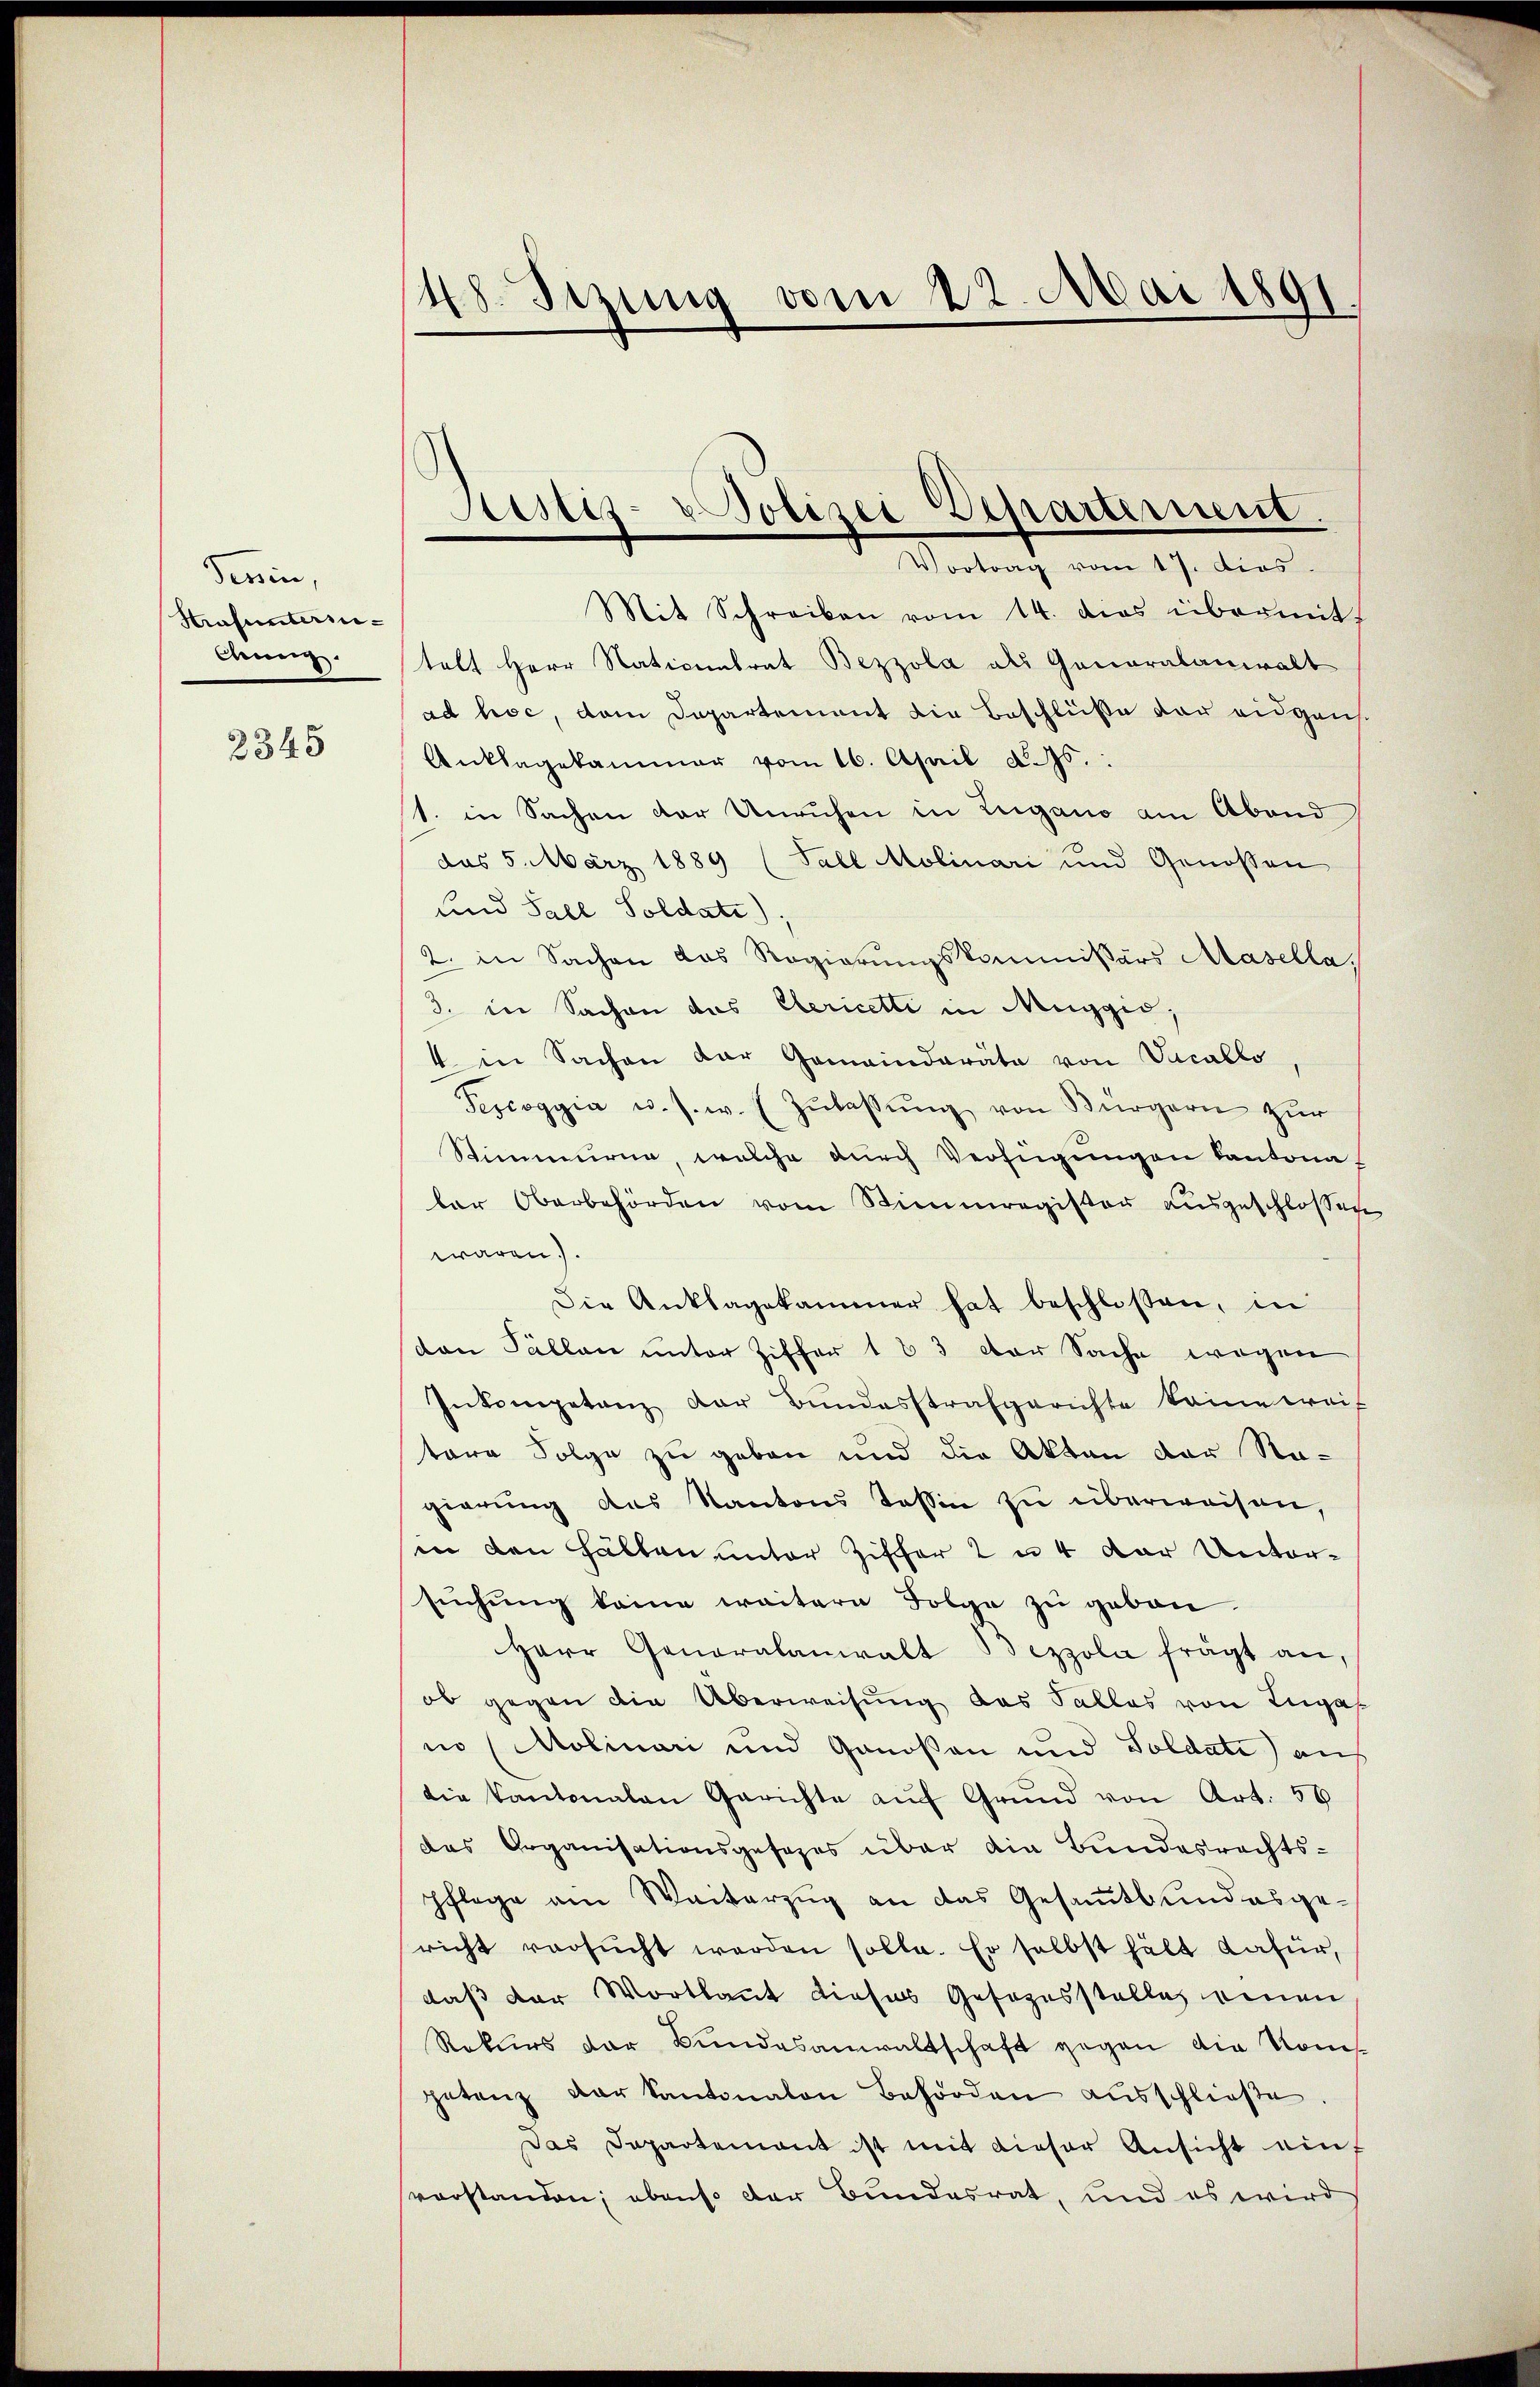
derin,
Strafunterin¬
Anng.

2345

48. Setzung vom 22. Mai 1891.

Mit Schreiben vom 14. dies übermitt
talt Herr Naticentrat Bezzola als Generalanwalt
ad hoc, dem Departement die Beschlüße der eidgen.
Anklagekammer vom 16. April d. Ms.
1. in Sachen der Unruhen in Zugano am Abend
das 5. März 1889 (Fall Molinari und Genossen
und Sall Soldati);
2. in Sachen das Regierungskommißärs Masella
3. in Sachen des Gericetti in Muggis,
4 in Sachen der Gemeindarata von Vacallo
Tescoggia u. s. w. Zŭlassŭng von Bürgern zŭr
Stimmung, welche durch Verfügungen Cantona
der Oberbehörden vom Stimmregister ausgeschlossen
waren.).
Die Anklagekammer hat beschloßen, in
den Fällen unter Ziffer 183 der Sache wegen
Inkompetenz der Bundesstrafgerichte keine weif
tare Folge zu geben und die Akten der Na-
gierŭng des Kantons Tessin zu überweisen,
in den Fällen unter Ziffer 2 u. 4 der Untersŭchŭng keine weitern Folge zu geben.
Herr Generalanwalt Bezzola frägt an,
ob gegen die Überweisung des Falles von Lugan
in (Molinari und Genoßen und Soldate) auf
die Kantonalen Gerichte aŭf Grund von Art. 56
das Organisationsgesezes über die Bundesrechtspflege am Weiterzug an das Gesamtbundesge-
richt versŭcht werden solle. Er selbst hält dafür,
daß der Wortlaut dieses Gesezesstelle einen
Rekurs der Bundesanwaltschaft gegen die Komgetanz der Kantonalen Behörden ausschließe.
Das Departement ist mit dieser Ansicht auf
vorstanden; ebenso der Bundesrat, und es wird

Sistiz- & Polizei Departement.
Vortrag vom 17. dies